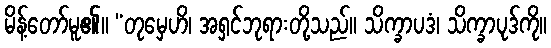
မိန့်တော်မူ၏။ “တုမှေဟိ၊ အရှင်ဘုရားတို့သည်။ သိက္ခာပဒံ၊ သိက္ခာပုဒ်ကို။